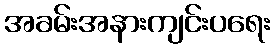
အခမ်းအနားကျင်းပရေး